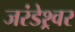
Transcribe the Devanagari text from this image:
जरंडेश्र्वर